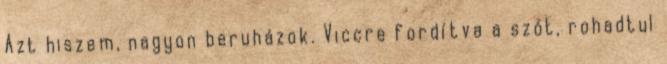
Azt hiszem, nagyon beruházok. Viccre fordítva a szót, rohadtul